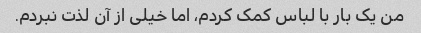
من یک بار با لباس کمک کردم، اما خیلی از آن لذت نبردم.